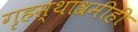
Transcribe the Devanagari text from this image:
गृहस्थाश्रमीही